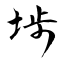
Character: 埗